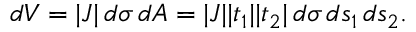
\begin{array} { r } { d V = | J | \, d \sigma \, d A = | J | | t _ { 1 } | | t _ { 2 } | \, d \sigma \, d s _ { 1 } \, d s _ { 2 } . } \end{array}